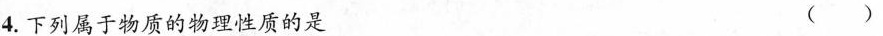
4.下列属于物质的物理性质的是 ()